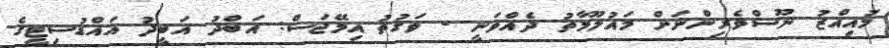
މުއިއްޒު ނޫސްވެރިންނަށް މައުލޫމާތު ދެއްވަނީ - ވަގުތު އިމޭޖަސް: އަބްދު އަބީދު އައްޑުސިޓީގެ